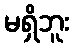
မရှိဘူး